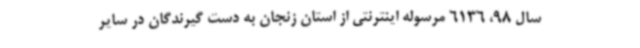
سال 98، 6136 مرسوله اینترنتی از استان زنجان به دست گیرندگان در سایر